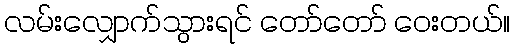
လမ်းလျှောက်သွားရင် တော်တော် ဝေးတယ်။